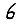
Digit: 6